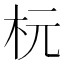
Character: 杬